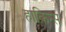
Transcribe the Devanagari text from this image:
हाकिन्स